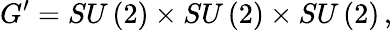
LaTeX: G^{\prime}=SU\left(2\right)\times SU\left(2\right)\times SU\left(2\right)\, ,